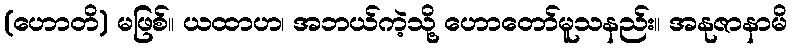
(ဟောတိ) မဖြစ်။ ယထာဟ၊ အဘယ်ကဲ့သို့ ဟောတော်မူသနည်း။ အနုဇာနာမိ